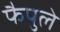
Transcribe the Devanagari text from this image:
फैपुले